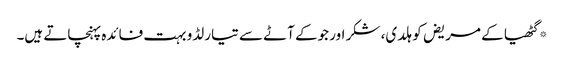
*گٹھیا کے مریض کو ہلدی، شکر اور جوکے آٹے سے تیار لڈو بہت فائدہ پہنچاتے ہیں۔